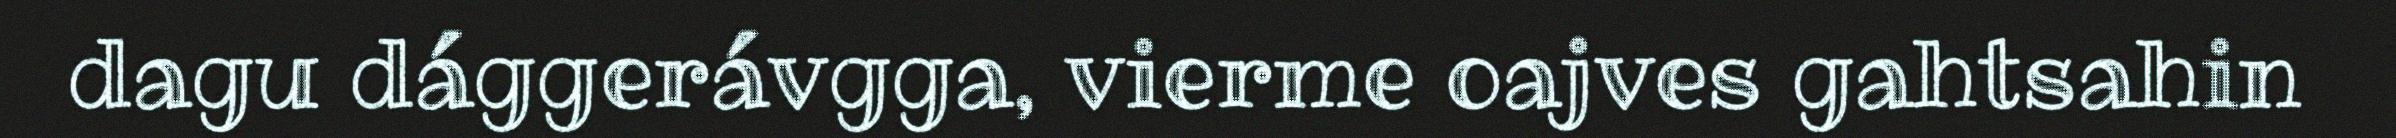
dagu dággerávgga, vierme oajves gahtsahin